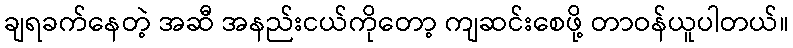
ချရခက်နေတဲ့ အဆီ အနည်းငယ်ကိုတော့ ကျဆင်းစေဖို့ တာဝန်ယူပါတယ်။